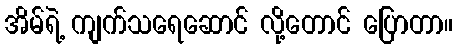
အိမ်ရဲ့ ကျက်သရေဆောင် လို့တောင် ပြောတာ။